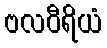
ဗလဝီရိယံ